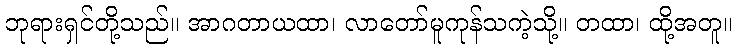
ဘုရားရှင်တို့သည်။ အာဂတာယထာ၊ လာတော်မူကုန်သကဲ့သို့။ တထာ၊ ထို့အတူ။